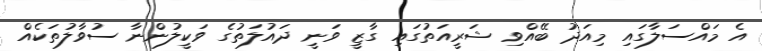
އެ މައްސަލާގައި މިއަދު ބޭއްވި ޝަރީއަތުގައި ގާޒީ ވަނީ ދައުލަތުގެ ވަކީލުންނާ ސުވާލުތަކެއް